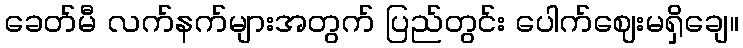
ခေတ်မီ လက်နက်များအတွက် ပြည်တွင်း ပေါက်ဈေးမရှိချေ။